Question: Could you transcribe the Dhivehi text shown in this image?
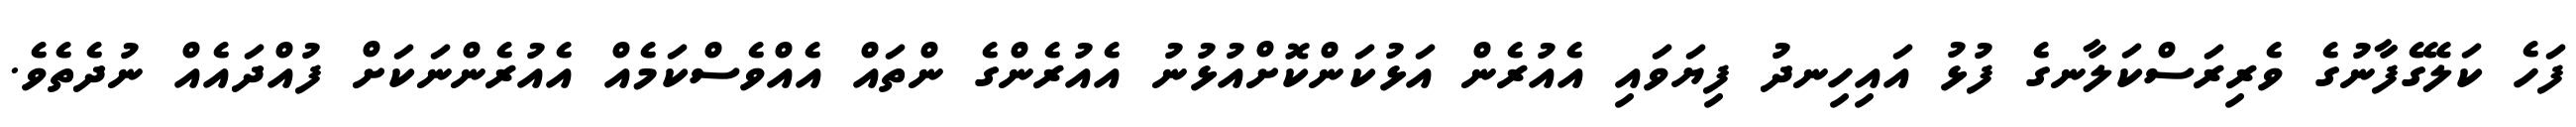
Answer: ފަހެ ކަލޭގެފާނުގެ ވެރިރަސްކަލާނގެ ފުޅު އައިހިނދު ފިޔަވައި އެއުރެން އަޅުކަންކޮށްއުޅުނު އެއުރެންގެ ންތައް އެއްވެސްކަމެއް އެއުރެންނަކަށް ފުއްދައެއް ނުދެތެވެ.